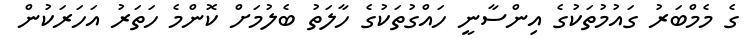
ގެ މެމްބަރު ގައުމުތަކުގެ އިންސާނީ ހައްގުތަކުގެ ހާލަތު ބެލުމަށް ކޮންމެ ހަތަރު އަހަރަކުން